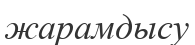
жарамдысу